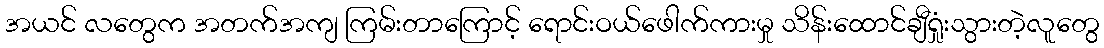
အယင် လတွေက အတက်အကျ ကြမ်းတာကြောင့် ရောင်းဝယ်ဖေါက်ကားမှု သိန်းထောင်ချီရှုံးသွားတဲ့လူတွေ